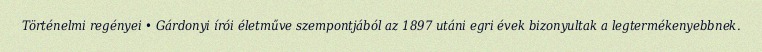
Történelmi regényei • Gárdonyi írói életműve szempontjából az 1897 utáni egri évek bizonyultak a legtermékenyebbnek.